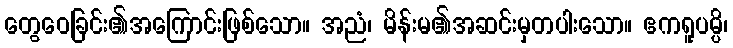
တွေဝေခြင်း၏အကြောင်းဖြစ်သော။ အညံ၊ မိန်းမ၏အဆင်းမှတပါးသော။ ဧကရူပမ္ပိ၊